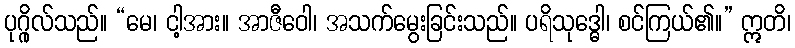
ပုဂ္ဂိုလ်သည်။ “မေ၊ ငါ့အား။ အာဇီဝေါ၊ အသက်မွေးခြင်းသည်။ ပရိသုဒ္ဓေါ၊ စင်ကြယ်၏။” ဣတိ၊